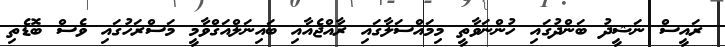
ރައީސް ނަޝީދު ބަންދުގައި ހުންނަވާތީ މިމައްސަލާގައި ރާއްޖެއާއި ބައިނަލްއަގްވާމީ މަސްރަހުގައި ވެސް ބޮޑެތި